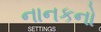
નાનકનો